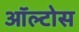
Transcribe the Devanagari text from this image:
ऑल्टोस